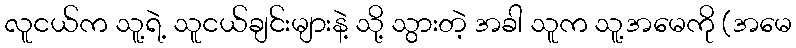
လူငယ်က သူ့ရဲ့ သူငယ်ချင်းများနဲ့ သို့ သွားတဲ့ အခါ သူက သူ့အမေကို (အမေ